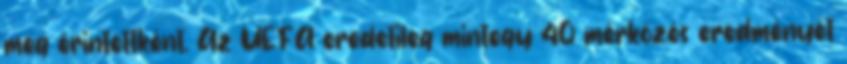
meg érintettként. Az UEFA eredetileg mintegy 40 mérkőzés eredményét